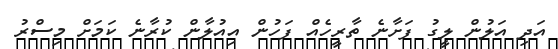
އަދި އަލުން ލީގު ފަށާނެ ތާރީހެއް ފަހުން އިއުލާން ކުރާނެ ކަމަށް މިސްރު